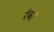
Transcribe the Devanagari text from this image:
रंबर